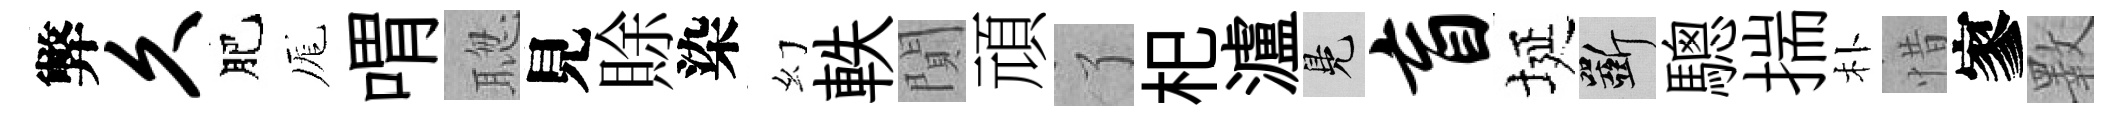
弊久肥厖喟聦見賖染幻軼閴頑了𣏌瀘鳬盲埏斫驄揣朴惜寥斁